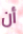
أن